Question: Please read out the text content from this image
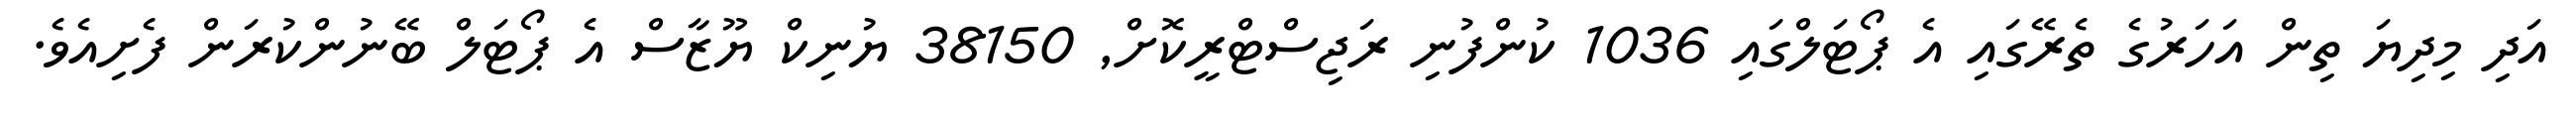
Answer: އަދި މިދިޔަ ތިން އަހަރުގެ ތެރޭގައި އެ ޕޯޓަލްގައި 1036 ކުންފުނި ރަޖިސްޓްރީކޮށް, 38150 ޔުނިކް ޔޫޒާސް އެ ޕޯޓަލް ބޭނުންކުރަން ފެށިއެވެ.